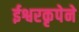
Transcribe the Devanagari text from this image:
ईश्वरकृपेने